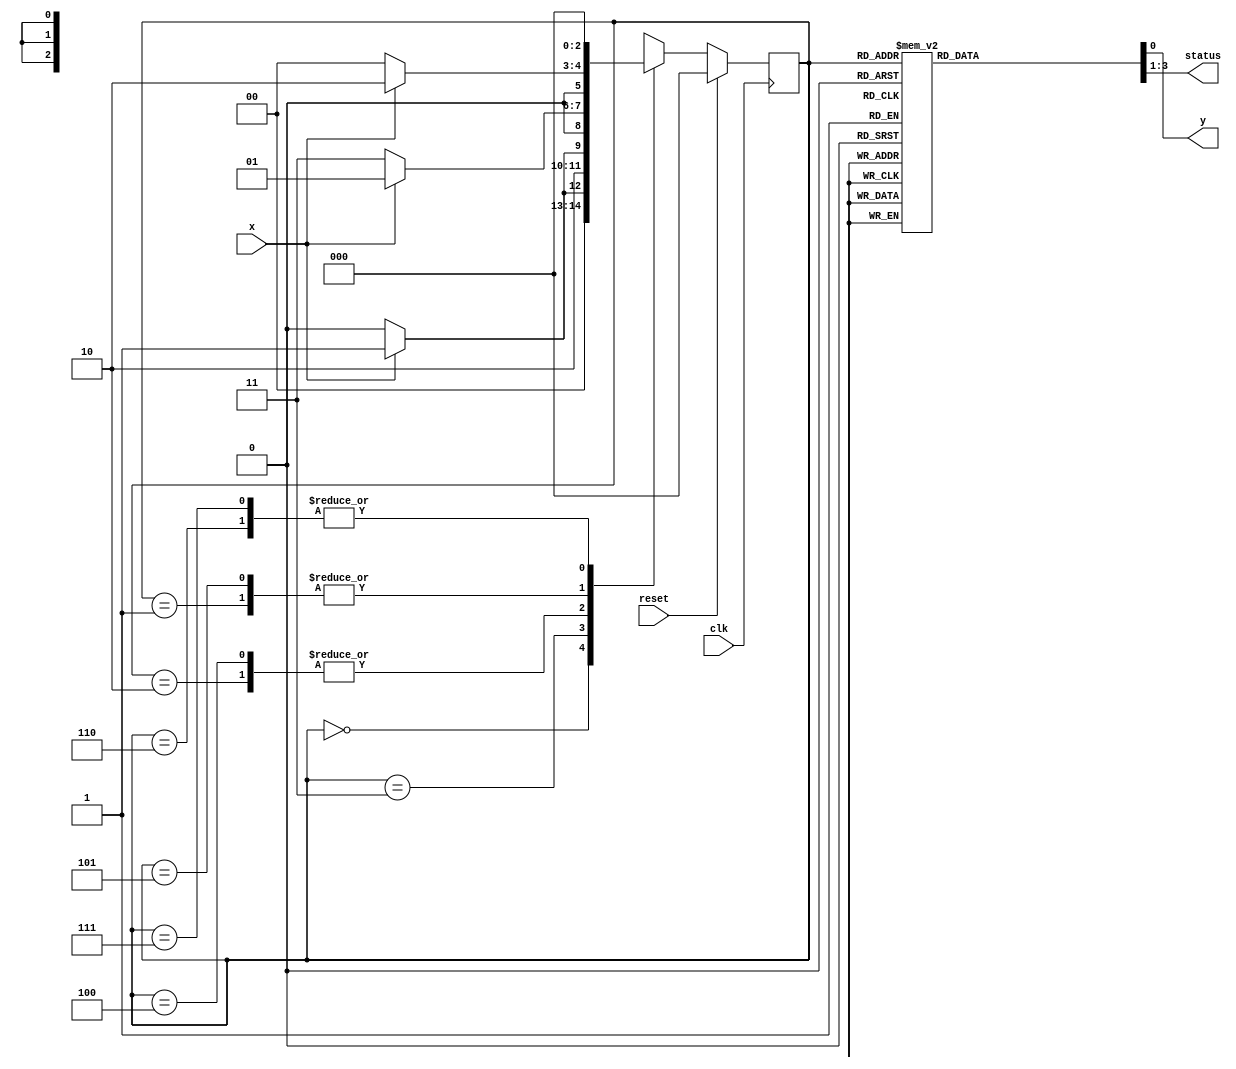
module P5_FSM_1par_0impar (input clk, input reset, input x, output reg y, output reg [2:0] status);

localparam		S0 = 3'b000, //Estado inicial
					S1 = 3'b001, //Estado "1" impares
					S2 = 3'b010, //Estado "1" pares
					S3 = 3'b011, //Estado "0" impares
					S4 = 3'b100, //Estado "0" pares
					S5 = 3'b101, //Estado de salida
					trash_s6 = 3'b110, //Estado basura
					trash_s7 =3'b111; //Esatdo basura
					
reg [2:0] act_st;
reg [2:0] nxt_st;


//Bloque de Transicion
always @(posedge clk)
begin
	if (reset==1'b1)
		act_st = S0;
	else
		act_st = nxt_st;
end


//Bloque de estado sig
always @(*)
begin
nxt_st = act_st;
		
		case (act_st)
							S0:	begin
										if (x==1'b0)
											nxt_st = S0;
										else
											nxt_st = S1;
									end
			
							S1:	begin
										if (x==1'b0)
											nxt_st = S0;
										else
											nxt_st = S2;
									end
			
							S2:	begin
										if (x==1'b0)
											nxt_st = S3;
										else
											nxt_st = S1;
									end
			
							S3:	begin
										if (x==1'b0)
											nxt_st = S4;
										else
											nxt_st = S5;
									end
			
							S4:	begin
										if (x==1'b0)
											nxt_st = S3;
										else
											nxt_st = S1;
									end
			
							S5:	begin
										if (x==1'b0)
											nxt_st = S0;
										else
											nxt_st = S2;
									end
											
							trash_s6:	begin
												nxt_st = S0;
											end
											
							trash_s7:	begin
												nxt_st = S0;
											end
			
			
		endcase
end


//Bloque de salida
always @(*)
begin
y = 1'b0;
status = 3'b000;

	case (act_st)
						S0:	begin
									y = 1'b0;
									status = S0;
								end
						
						S1:	begin
									y = 1'b0;
									status = S1;
								end
						
						S2:	begin
									y = 1'b0;
									status = S2;
								end
						
						S3:	begin
									y = 1'b0;
									status = S3;
								end
						
						S4:	begin
									y = 1'b0;
									status = S4;
								end
						
						S5:	begin
									y = 1'b1;
									status = S5;
								end
										
						trash_s6:	begin
											y = 1'b0;
											status = trash_s6;
										end
								
						trash_s7:	begin
											y = 1'b0;
											status = trash_s7;
										end
	endcase
end


//Bloque de inicializacion
initial
begin
	y = 1'b0;
	status = 3'b000;
	act_st = 3'b000;
	nxt_st = 3'b000;
end

endmodule